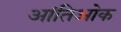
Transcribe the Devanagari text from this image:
आंतिओक